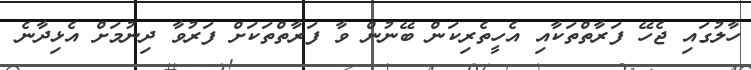
ހާލުގައި ޖެހޭ ފަރާތްތަކާއި އެހީތެރިކަން ބޭނުން ވާ ފަރާތްތަކަށް ފަރުވާ ދިނުމަށް އެޅިދާނެ